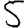
Digit: 5